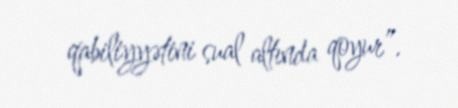
qabiliyyətini sual altında qoyur”.